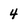
Character: 4